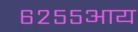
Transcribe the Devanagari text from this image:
६२५५आय